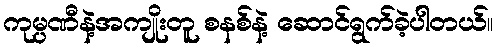
ကုမ္ပဏီနဲ့အကျိုးတူ စနစ်နဲ့ ဆောင်ရွက်ခဲ့ပါတယ်။